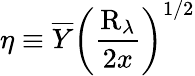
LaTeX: \eta\equiv\overline{{Y}}\left(\frac{\mathrm{R}_{\lambda}}{2x}\right)^{1/2}